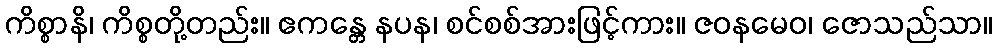
ကိစ္စာနိ၊ ကိစ္စတို့တည်း။ ဧကန္တေ နပန၊ စင်စစ်အားဖြင့်ကား။ ဇဝနမေဝ၊ ဇောသည်သာ။